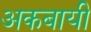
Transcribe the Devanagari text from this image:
अकबायी